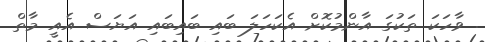
. ވާހަކަ ތަކުގަ އާންމުކޮށް އެކަހަލަ ބައި ބައިބައި އަޔަސް އެއީ މާތް